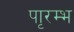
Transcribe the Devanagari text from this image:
पाृरम्भ